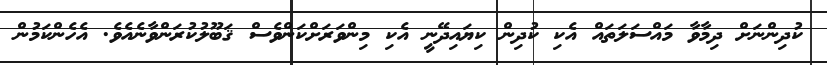
ކުދިންނަށް ދިމާވާ މައްސަލަތައް އެކި ކުދިން ކިޔައިދޭނީ އެކި މިންވަރަށްކަންވެސް ޤަބޫލުކުރަންވާނެއެވެ. އެހެންކަމުން